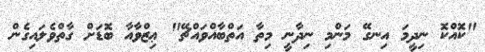
"ކޮއްކޮ ނިދީމަ އިނގޭ މަންމި ނިދާނީ މިތާ އަތްބާއްވައްޗޭ" ޢިޒްވާއާ ބޮޑަށް ގާތްވެލައިގެން